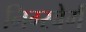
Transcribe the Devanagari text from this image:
निग्स्बेर्ग